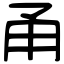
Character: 甬